Madras plague regulations and rules for the city of Madras
Disease focus: Plague
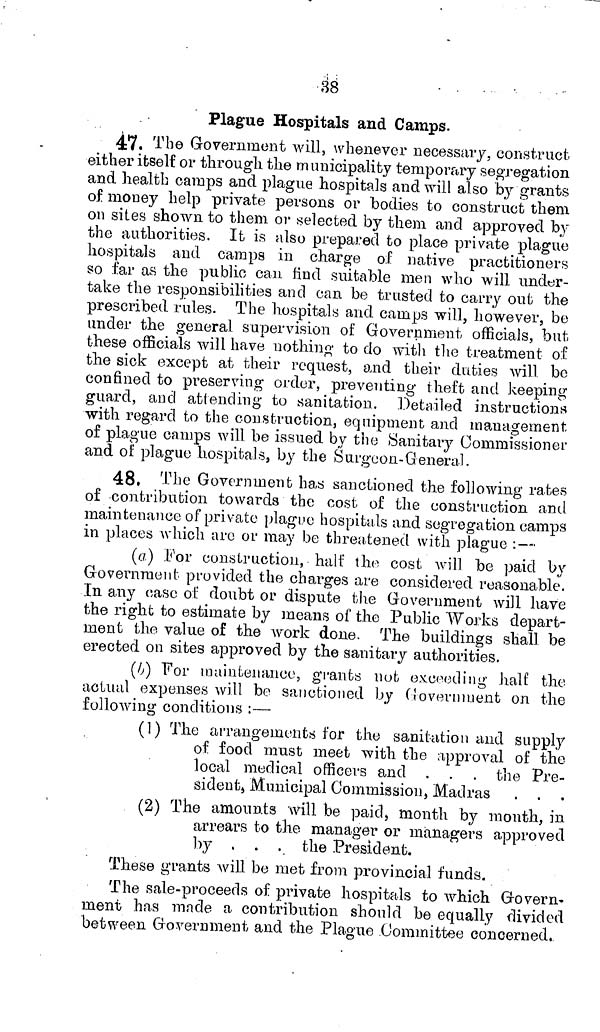
38
Plague Hospitals and Camps.
47. The Government will, whenever necessary, construct
either itself or through the municipality temporary segregation
and health camps and plague hospitals and will also by grants
of money help private persons or bodies to construct them
on sites shown to them or selected by them and approved by
the authorities. It is also prepared to place private plague
hospitals and camps in charge of native practitioners
so far as the public can find suitable men who will under-
take the responsibilities and can be trusted to carry out the
prescribed rules. The hospitals and camps will, however, be
under the general supervision of Government officials, but
these officials will have nothing to do with the treatment of
the sick except at their request, and their duties will be
confined to preserving order, preventing theft and keeping
guard, and attending to sanitation. Detailed instructions
with regard to the construction, equipment and management
of plague camps will be issued by the Sanitary Commissioner
and of plague hospitals, by the Surgeon-General.
48. The Government has sanctioned the following rates
of contribution towards the cost of the construction and
maintenance of private plague hospitals and segregation camps
in places which arc or may be threatened with plague :—
(a) For construction, half the cost Avili be paid by
Government provided the charges are considered reasonable.
In any case of doubt or dispute the Government will have
the right to estimate by means of the Public Works depart-
ment the value of the work done. The buildings shall be
erected on sites approved by the sanitary authorities.
(6) For maintenance, grants nut exceeding half the
actual expenses will be sanctioned by Government on the
following conditions :—
(1) The arrangements for the sanitation and supply
of food must meet with the approval of the
local medical officers and . . . the Pre-
sident Municipal Commission, Madras . . .
(2) The amounts will be paid, month by month, in
arrears to the manager or managers approved
by . . . the President.
These grants will be met from provincial funds.
The sale-proceeds of private hospitals to which Govern-
ment has made a contribution should be equally divided
between Government and the Plague. Committee concerned,